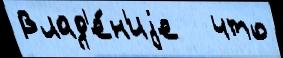
Влад'е́н'иjе   что